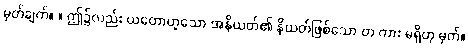
မှတ်ချက်။ ။ ဤ၌လည်း ယတောဟူသော အနိယတ်၏ နိယတ်ဖြစ်သော တ ကား မရှိဟု မှတ်။